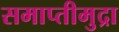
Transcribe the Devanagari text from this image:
समाप्तीमुद्रा